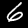
Digit: 6